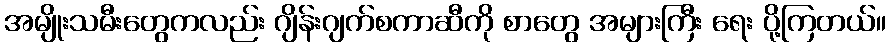
အမျိုးသမီးတွေကလည်း ဂျိန်းဂျက်စကာဆီကို စာတွေ အများကြီး ရေး ပို့ကြတယ်။